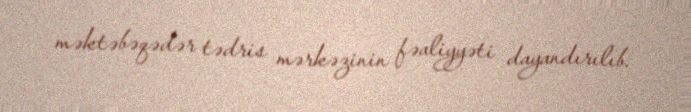
məktəbəqədər tədris mərkəzinin fəaliyyəti dayandırılıb.